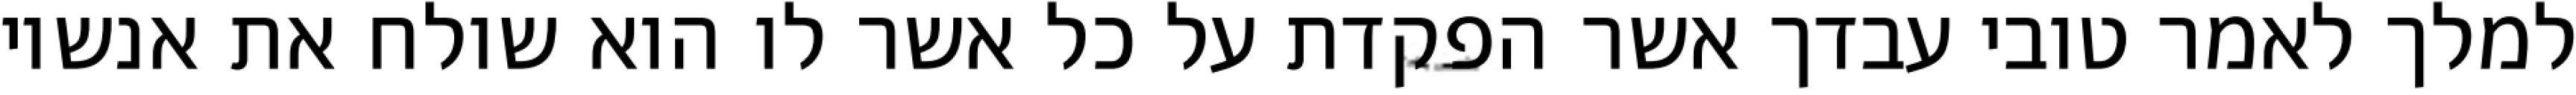
למלך לאמר טובי עבדך אשר הפקדת על כל אשר לו הוא שולח את אנשיו